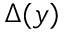
\Delta ( y )